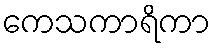
ကေသကာရိကာ